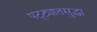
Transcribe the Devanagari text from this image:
पट्ट्यातसुद्धा